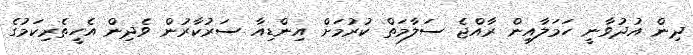
ދިން އުދުވާނީ ހަމަލާއިން ރާއްޖެ ސަލާމަތް ކުރުމަށް އިންޑިއާ ސަރުކާރުން ވެދިން އެހީތެރިކަމުގެ